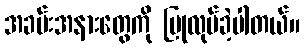
အခမ်းအနားတွေကို ပြုလုပ်ခဲ့ပါတယ်။